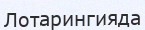
Лотарингияда